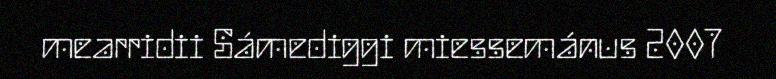
mearridii Sámediggi miessemánus 2007